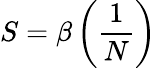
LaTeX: S=\beta\left({\frac{1}{N}}\right)